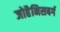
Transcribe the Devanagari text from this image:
जोहैनिसबर्ग